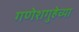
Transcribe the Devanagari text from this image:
गणेशगुहेच्या